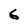
Character: 6